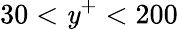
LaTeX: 30<\mathit{y}^{+}<200